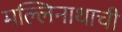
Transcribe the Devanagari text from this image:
मल्लिनाथाची